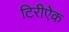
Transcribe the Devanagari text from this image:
टिरीऐक